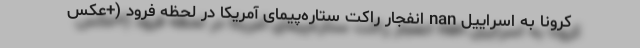
کرونا به اسراییل nan انفجار راکت ستاره‌پیمای آمریکا در لحظه فرود (+عکس